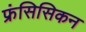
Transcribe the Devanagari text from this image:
फ्रंसिसिकन